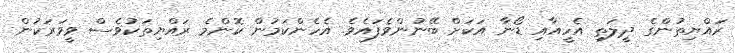
ރައްޔިތުންގެ ދީލަތި އެހީއާއި ޑޯނާ އަކަށް ބޭނުންވެފައެވެ. އެހެންކަމުން ކޮންމެ ރައްޔިތަކުވެސް ވީވަރަކުން